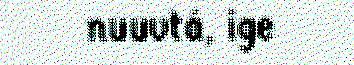
nuuvtá, ige